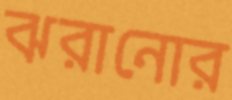
ঝরানোর